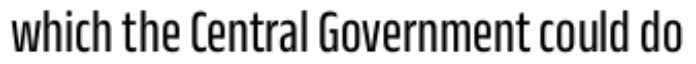
which the Central Government could do